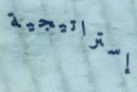
إستراتيجية